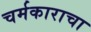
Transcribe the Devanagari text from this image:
चर्मकाराचा